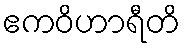
ဧကဝိဟာရီတိ